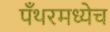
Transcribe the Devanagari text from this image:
पँथरमध्येच